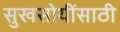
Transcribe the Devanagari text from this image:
सुखसोयींसाठी